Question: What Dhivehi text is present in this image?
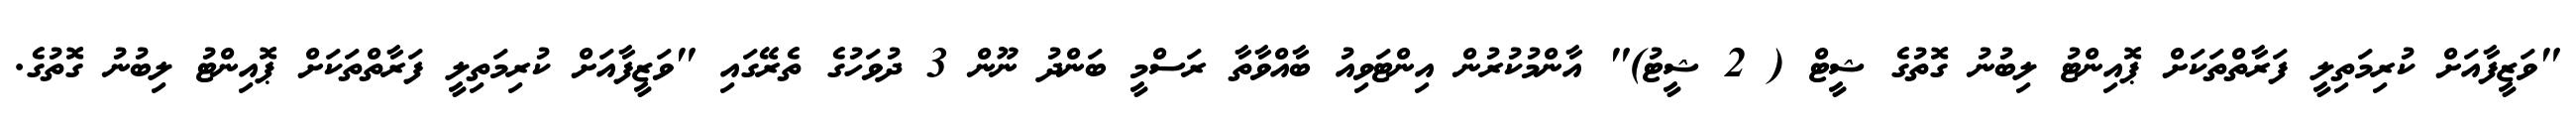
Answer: "ވަޒީފާއަށް ކުރިމަތިލީ ފަރާތްތަކަށް ޕޮއިންޓު ލިބުނު ގޮތުގެ ޝީޓް ( 2 ޝީޓު)" އާންމުކުރުން އިންޓަވިއު ބާއްވާތާ ރަސްމީ ބަންދު ނޫން 3 ދުވަހުގެ ތެރޭގައި "ވަޒީފާއަށް ކުރިމަތިލީ ފަރާތްތަކަށް ޕޮއިންޓު ލިބުނު ގޮތުގެ.